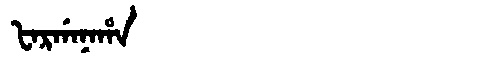
Manchu: ᡶᠠᡵᡤᠠᠨᠠᡥᠠ
Romanization: FARGANAHA